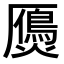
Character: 𤑤